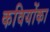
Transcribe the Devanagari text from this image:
कवियोंका